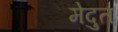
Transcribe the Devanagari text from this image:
मेदुत